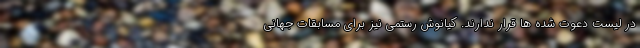
در لیست دعوت شده ها قرار ندارند. کیانوش رستمی نیز برای مسابقات جهانی